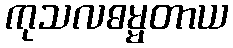
ကုသလဓမ္မတာယ